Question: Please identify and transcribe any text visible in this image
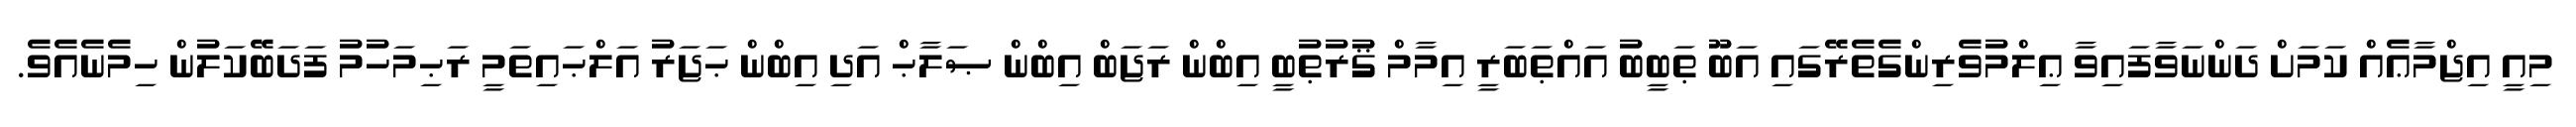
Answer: މިއީ އިޖްމާޢެއް ކަމަށް ދަންނަވާފައިވާ ޢިލްމުވެރިންގެތެރޭގައި އަބޫ ޠަބީބު އައްޠަބަރީ އިމާމް ޤުރުޠުބީ އިބްން ރަޖަބް އިބްން ޞަލާޙް އަދި އިބްން ޙަޖަރު އަލްޙައިތަމީ ރަޙިމަހުމު ފަދަބޭކަލުން ހިމެނެއެވެ.